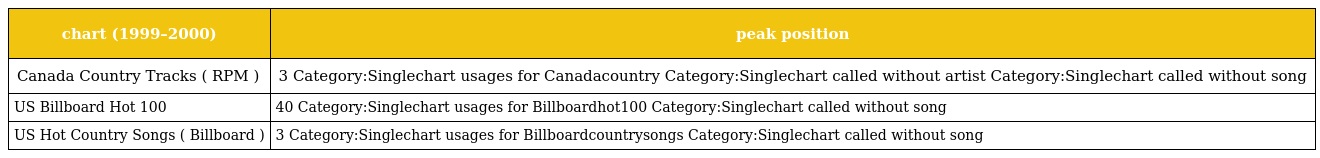
| chart (1999–2000) | peak position |
 | --- | --- |
 | Canada Country Tracks ( RPM ) | 3 Category:Singlechart usages for Canadacountry Category:Singlechart called without artist Category:Singlechart called without song |
 | US Billboard Hot 100 | 40 Category:Singlechart usages for Billboardhot100 Category:Singlechart called without song |
 | US Hot Country Songs ( Billboard ) | 3 Category:Singlechart usages for Billboardcountrysongs Category:Singlechart called without song |